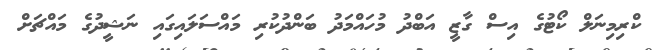
ކްރިމިނަލް ކޯޓުގެ އިސް ގާޒީ އަބްދު މުހައްމަދު ބަންދުކުރި މައްސަލައިގައި ނަޝީދުގެ މައްޗަށް